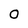
Character: 0